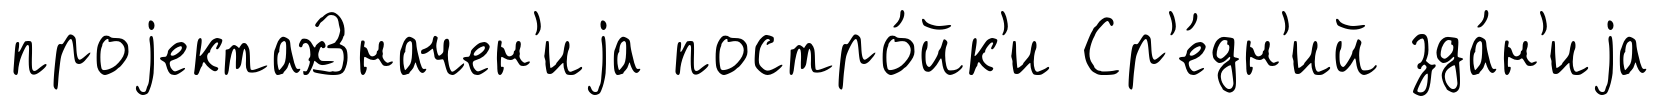
проjектахЗначен'иjа постро́йк'и Ср'е́дн'ий зда́н'иjа